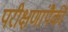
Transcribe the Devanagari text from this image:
परीक्षणांपैकी